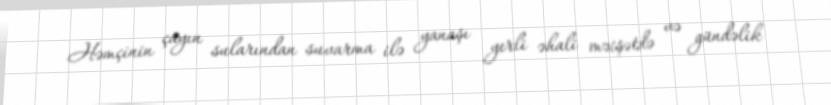
Həmçinin çayın sularından suvarma ilə yanaşı yerli əhali məişətdə və gündəlik